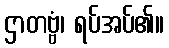
ဌာတဗ္ဗံ၊ ရပ်အပ်၏။